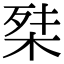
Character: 𭪕